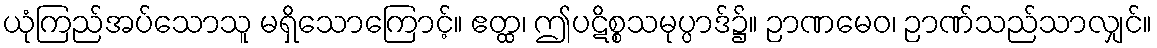
ယုံကြည်အပ်သောသူ မရှိသောကြောင့်။ ဧတ္ထ၊ ဤပဋိစ္စသမုပ္ပာဒ်၌။ ဉာဏမေဝ၊ ဉာဏ်သည်သာလျှင်။